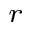
_ r